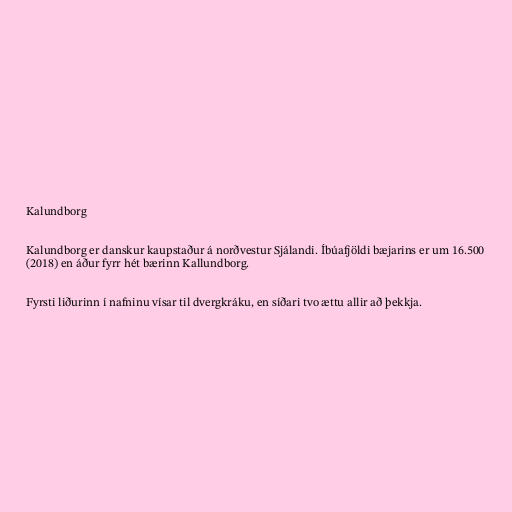
Kalundborg

Kalundborg er danskur kaupstaður á norðvestur Sjálandi. Íbúafjöldi bæjarins er um 16.500
(2018) en áður fyrr hét bærinn Kallundborg.

Fyrsti liðurinn í nafninu vísar til dvergkráku, en síðari tvo ættu allir að þekkja.